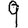
Digit: 9